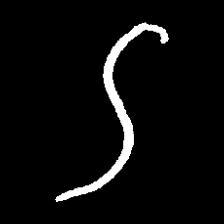
Pyu character \u2014 Myanmar letter: ဌ (romanized: ttha)